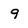
Character: 9